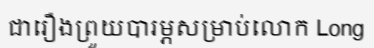
ជារឿងព្រួយបារម្ភសម្រាប់លោក Long